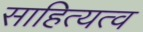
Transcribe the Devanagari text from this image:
साहित्यत्व